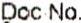
DOC NO.